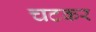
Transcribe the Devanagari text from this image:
चटकर